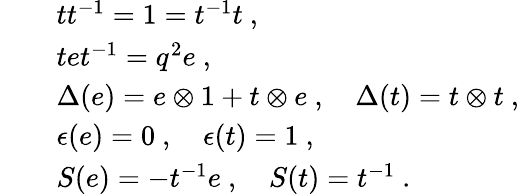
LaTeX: \begin{array}{rcl}{{}}&{{}}&{{tt^{-1}=1=t^{-1}t~,}}\\ {{}}&{{}}&{{tet^{-1}=q^{2}e~,}}\\ {{}}&{{}}&{{\Delta(e)=e\otimes 1+t\otimes e~,~~~~\Delta(t)=t\otimes t~,}}\\ {{}}&{{}}&{{\epsilon(e)=0~,~~~~\epsilon(t)=1~,}}\\ {{}}&{{}}&{{S(e)=-t^{-1}e~,~~~~S(t)=t^{-1}~.}}\end{array}